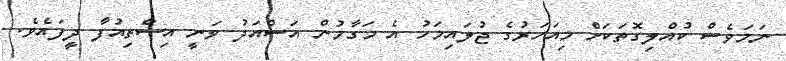
ނަމަވެސް ކުއްލިގޮތަކަށް މިއަހަރުގެ ޖުލައިމަހު އެ މަގާމުން އަސްއަދު ވަނީ އިސްތިއުފާ ދީފައެވެ.